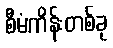
စီမံကိန်းတစ်ခု